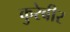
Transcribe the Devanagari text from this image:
कुरेबीर